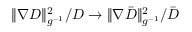
{ \| \nabla { D } \| _ { g ^ { - 1 } } ^ { 2 } } / { D } \to { \| \nabla { \bar { D } } \| _ { g ^ { - 1 } } ^ { 2 } } / { \bar { D } }